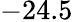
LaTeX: -24.5